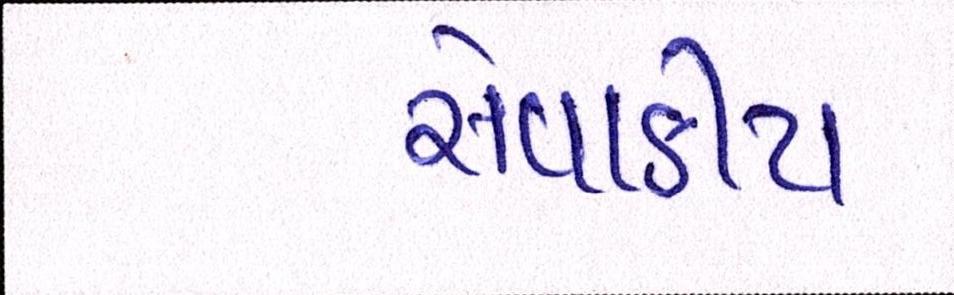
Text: સેવાકીય